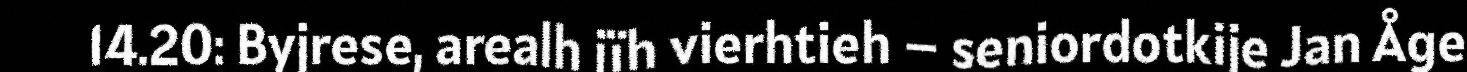
14.20: Byjrese, arealh jïh vierhtieh – seniordotkije Jan Åge